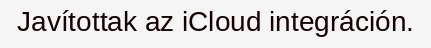
Javítottak az iCloud integráción.